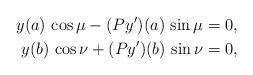
LaTeX: \begin{align*}y(a)\,\cos \mu - (Py^{\prime})(a)\, \sin \mu=0, \\y(b)\,\cos \nu + (Py^{\prime})(b)\, \sin \nu =0, \end{align*}